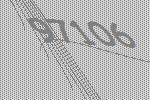
97106